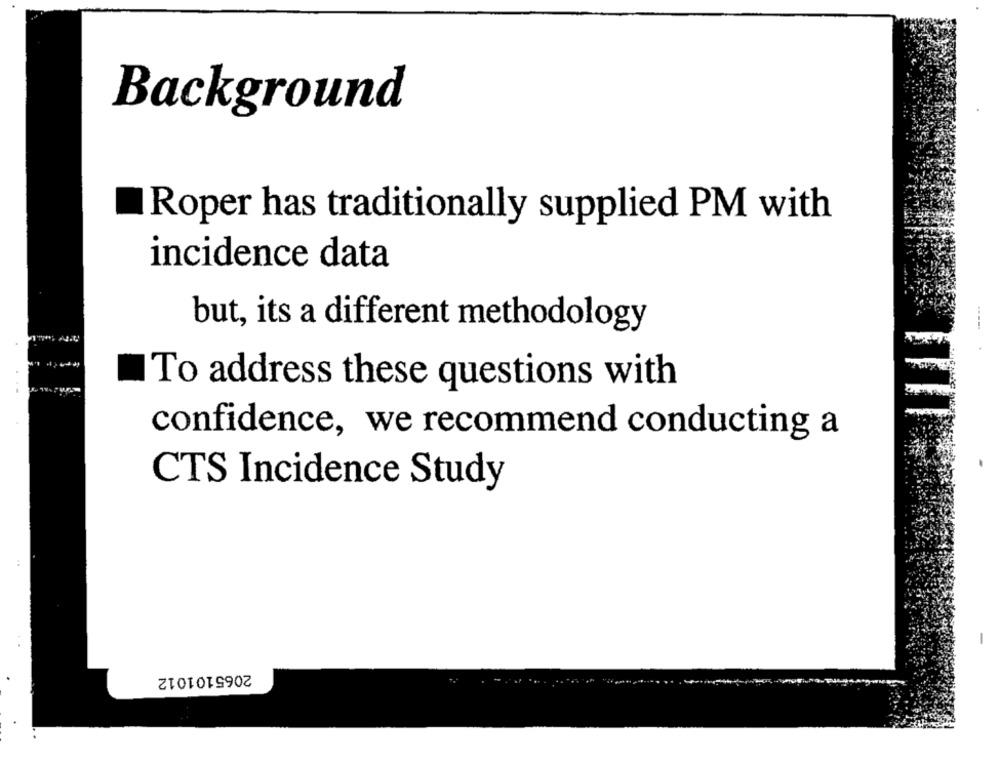
Background
Roper has traditionally supplied PM with
incidence data
but, its a different methodology
To address these questions with
confidence, we recommend conducting a
CTS Incidence Study
2065101012